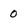
Character: 0